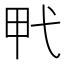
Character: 𰐍